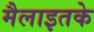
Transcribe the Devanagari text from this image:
मैलाइतके